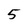
Character: 5